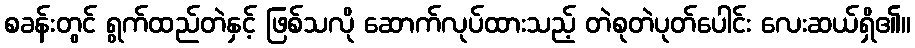
စခန်းတွင် ရွက်ထည်တဲနှင့် ဖြစ်သလို ဆောက်လုပ်ထားသည့် တဲစုတဲပုတ်ပေါင်း လေးဆယ်ရှိ၏။